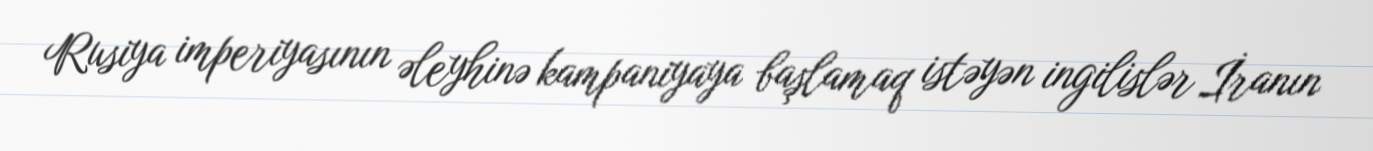
Rusiya imperiyasının əleyhinə kampaniyaya başlamaq istəyən ingilislər İranın